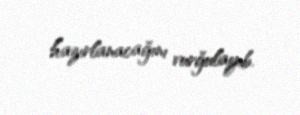
hazırlanacağını vurğulayıb.